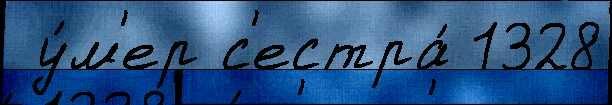
 у́м'ер с'естра́ 1328